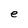
Character: e